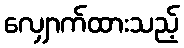
လျှောက်ထားသည့်